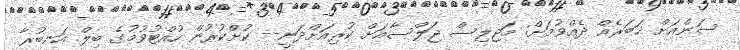
ސަންއަށް ޚަބަރެއް ދެއްވުމަށް: މަޖިލިސް ޖަލްސާއަށް ކުރިއަށްދަނީ-- ކުށްކުރުން ހުއްޓުވުމުގެ ބިލް އަނބުރާ